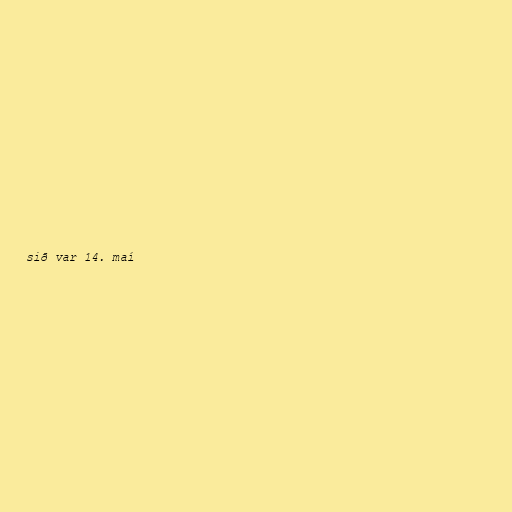
sið var 14. maí